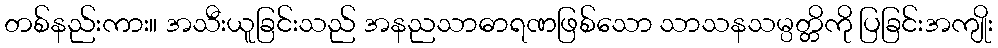
တစ်နည်းကား။ အသီးယူခြင်းသည် အနညသာဓာရဏဖြစ်သော သာသနသမ္ပတ္တိကို ပြခြင်းအကျိုး